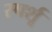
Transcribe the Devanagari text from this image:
स्पर्शू